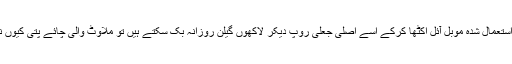
گندا استعمال شدہ موبل آئل اکٹھا کرکے اسے اصلی جعلی روپ دیکر لاکھوں گیلن روزانہ بک سکتے ہیں تو ملاوٹ والی چائے پتی کیوں نہیں؟